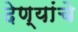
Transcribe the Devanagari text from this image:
देण्यांचे